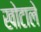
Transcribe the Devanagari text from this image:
खोटाले